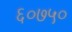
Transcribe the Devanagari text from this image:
६०७५०